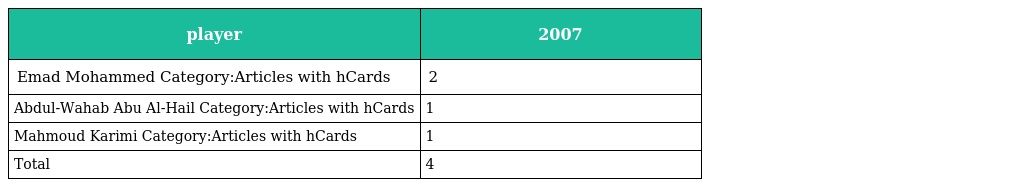
| player | 2007 |
 | --- | --- |
 | Emad Mohammed Category:Articles with hCards | 2 |
 | Abdul-Wahab Abu Al-Hail Category:Articles with hCards | 1 |
 | Mahmoud Karimi Category:Articles with hCards | 1 |
 | Total | 4 |